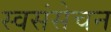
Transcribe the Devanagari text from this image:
स्वसंसेचन